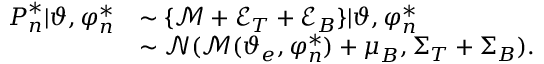
\begin{array} { r l } { \boldsymbol { P } _ { n } ^ { * } | \boldsymbol { \vartheta } , \boldsymbol { \varphi } _ { n } ^ { * } } & { \sim \{ \mathcal { M } + \mathcal { E } _ { T } + \mathcal { E } _ { B } \} | \boldsymbol { \vartheta } , \boldsymbol { \varphi } _ { n } ^ { * } } \\ & { \sim \mathcal { N } ( \mathcal { M } ( \boldsymbol { \vartheta } _ { e } , \boldsymbol { \varphi } _ { n } ^ { * } ) + \boldsymbol \mu _ { B } , \boldsymbol \Sigma _ { T } + \boldsymbol \Sigma _ { B } ) . } \end{array}